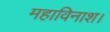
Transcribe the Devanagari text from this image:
महाविनाश।